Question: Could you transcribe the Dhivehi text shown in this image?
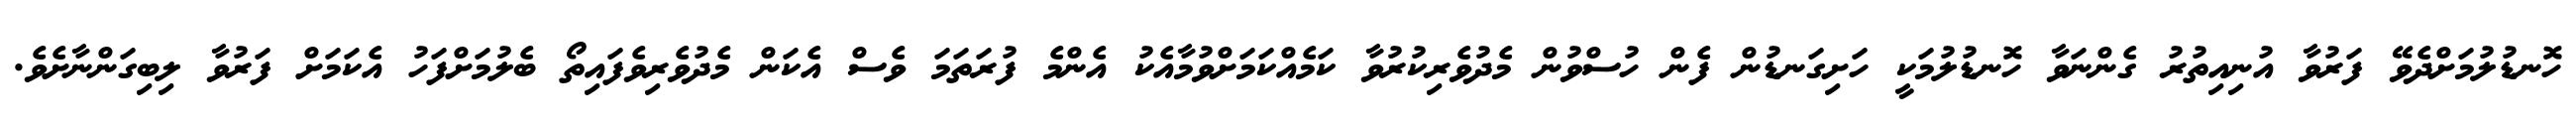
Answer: ހޮނޑުލުމަށްދެވޭ ފަރުވާ އުނިއިތުރު ގެންނަވާ ހޮނޑުލުމަކީ ހަށިގަނޑުން ފެން ހުސްވުން މެދުވެރިކުރުވާ ކަމެއްކަމަށްވުމާއެކު އެންމެ ފުރަތަމަ ވެސް އެކަން މެދުވެރިވެފައިތޯ ބެލުމަށްފަހު އެކަމަށް ފަރުވާ ލިބިގަންނާށެވެ.